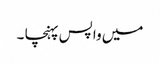
میں واپس پہنچا ۔